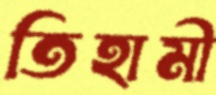
তিহামী